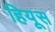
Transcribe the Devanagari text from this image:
हियूस